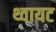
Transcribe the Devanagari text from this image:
थ्वायट